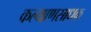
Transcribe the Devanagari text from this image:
कल्याणसाधक